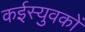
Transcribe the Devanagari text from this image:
कईस्युवकों